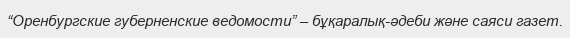
“Оренбургские губерненские ведомости” – бұқаралық-әдеби және саяси газет.